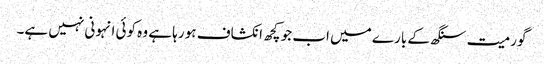
گورمیت سنگھ کے بارے میں اب جو کچھ انکشاف ہو رہا ہے وہ کوئی انہونی نہیں ہے۔